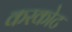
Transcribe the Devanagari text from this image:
करकोट